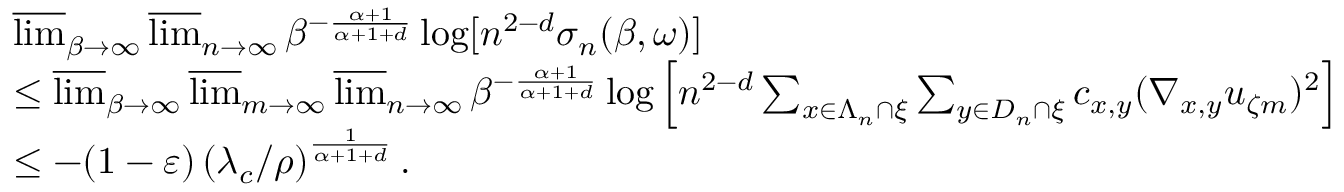
\begin{array} { r l } & { \varlimsup _ { \beta \to \infty } \varlimsup _ { n \to \infty } \beta ^ { - \frac { \alpha + 1 } { \alpha + 1 + d } } \log [ n ^ { 2 - d } \sigma _ { n } ( \beta , \omega ) ] } \\ & { \leq \varlimsup _ { \beta \rightarrow \infty } \varlimsup _ { m \rightarrow \infty } \varlimsup _ { n \rightarrow \infty } \beta ^ { - \frac { \alpha + 1 } { \alpha + 1 + d } } \log \left[ n ^ { 2 - d } \sum _ { x \in \Lambda _ { n } \cap \xi } \sum _ { y \in D _ { n } \cap \xi } c _ { x , y } ( \nabla _ { x , y } u _ { \zeta m } ) ^ { 2 } \right] } \\ & { \leq - ( 1 - \varepsilon ) \left( \lambda _ { c } / \rho \right) ^ { \frac { 1 } { \alpha + 1 + d } } . } \end{array}